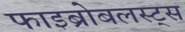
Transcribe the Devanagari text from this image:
फाइब्रोबलस्ट्स